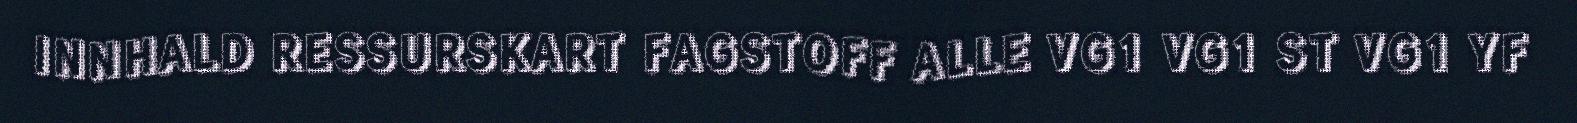
INNHALD RESSURSKART FAGSTOFF ALLE VG1 VG1 ST VG1 YF